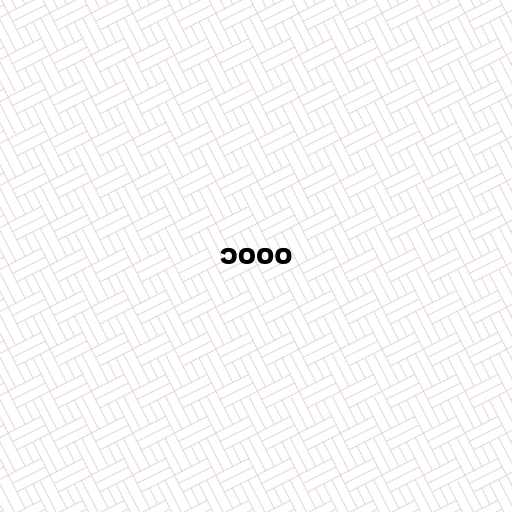
၁၀၀၀